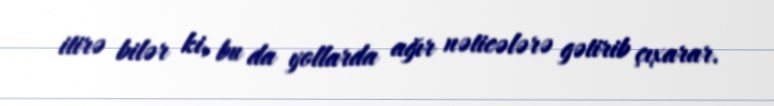
itirə bilər ki, bu da yollarda ağır nəticələrə gətirib çıxarar.